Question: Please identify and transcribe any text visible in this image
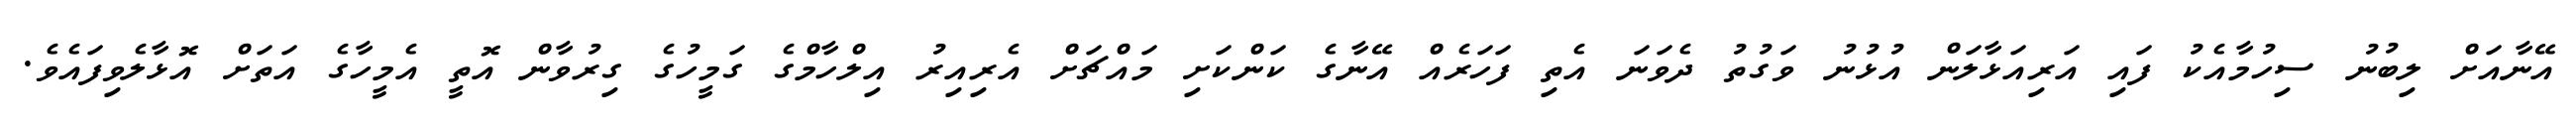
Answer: އޭނާއަށް ލިބުނު ސިހުމާއެކު ފައި އަރިއަޅާލަން އުޅުނު ވަގުތު ދެވަނަ އެތި ފަހަރެއް އޭނާގެ ކަންކަށި މައްޗަށް އެރިއިރު އިލްހާމްގެ ގަމީހުގެ ގިރުވާން އޮތީ އެމީހާގެ އަތަށް އޮޅާލެވިފައެވެ.